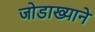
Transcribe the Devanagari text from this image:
जोडाख्याने